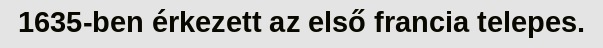
1635-ben érkezett az első francia telepes.